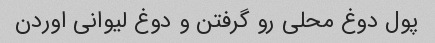
پول دوغ محلی رو گرفتن و دوغ لیوانی اوردن